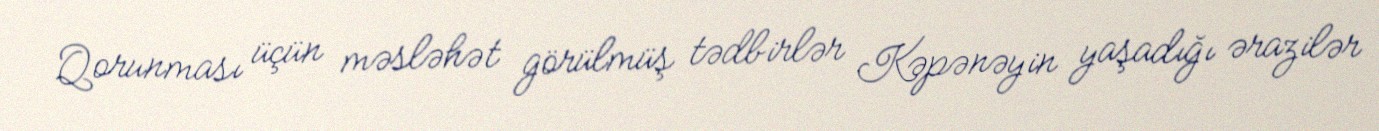
Qorunması üçün məsləhət görülmüş tədbirlər Kəpənəyin yaşadığı ərazilər